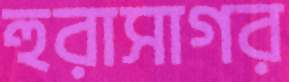
হুরাসাগর